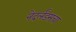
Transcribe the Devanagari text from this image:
नेदर्लंडसचा